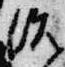
治